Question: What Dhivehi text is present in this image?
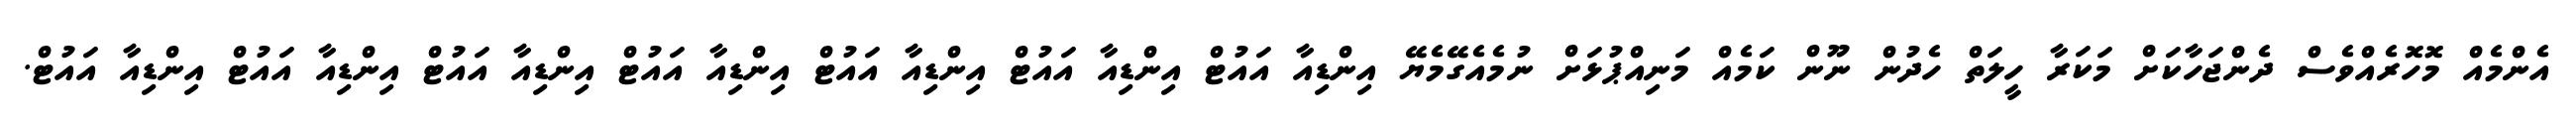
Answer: އެންމެއް މޮހޮރެއްވެސް ދެންޖަހާކަށް މަކަރާ ހީލަތް ހެދުން ނޫން ކަމެއް މަނިއްޕުޅަށް ނުމެއެގޭމެޔޭ އިންޑިއާ އައުޓް އިންޑިއާ އައުޓް އިންޑިއާ އައުޓް އިންޑިއާ އައުޓް އިންޑިއާ އައުޓް އިންޑިއާ އައުޓް އިންޑިއާ އައުޓް.